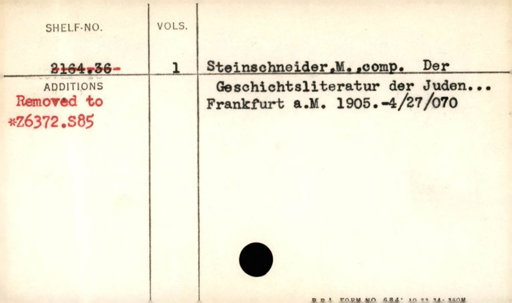
Label: content